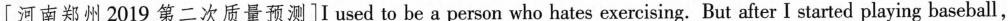
[河南郑州2019 第二次质量预测]I used to be a person who hates exercising. But after I started playing baseball,